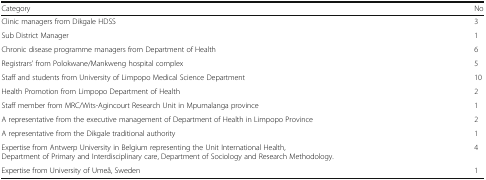
| Category | No |
 | --- | --- |
 | Clinic managers from Dikgale HDSS | 3 |
 | Sub District Manager | 1 |
 | Chronic disease programme managers from Department of Health | 6 |
 | Registrars’ from Polokwane/Mankweng hospital complex | 5 |
 | Staff and students from University of Limpopo Medical Science Department | 10 |
 | Health Promotion from Limpopo Department of Health | 2 |
 | Staff member from MRC/Wits-Agincourt Research Unit in Mpumalanga province | 1 |
 | A representative from the executive management of Department of Health in Limpopo Province | 2 |
 | A representative from the Dikgale traditional authority | 1 |
 | Expertise from Antwerp University in Belgium representing the Unit International Health, Department of Primary and Interdisciplinary care, Department of Sociology and Research Methodology. | 4 |
 | Expertise from University of Umeå, Sweden | 1 |